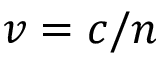
v = c / n